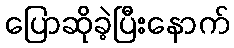
ပြောဆိုခဲ့ပြီးနောက်